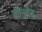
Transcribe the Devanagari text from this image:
कोलोंब